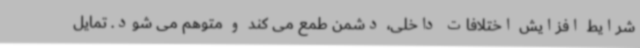
شرایط افزایش اختلافات داخلی، دشمن طمع می کند و متوهم می شود. تمایل